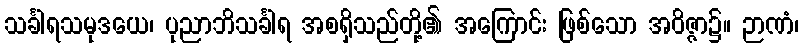
သင်္ခါရသမုဒယေ၊ ပုညာဘိသင်္ခါရ အစရှိသည်တို့၏ အကြောင်း ဖြစ်သော အဝိဇ္ဇာ၌။ ဉာဏံ၊